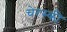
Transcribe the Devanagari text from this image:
चेरस्की